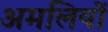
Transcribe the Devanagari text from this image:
अमलियों